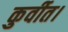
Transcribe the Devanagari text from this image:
कुर्वीत।